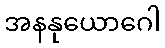
အနနုယောဂေါ